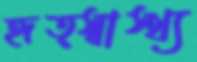
হৃত্স্বাস্থ্য